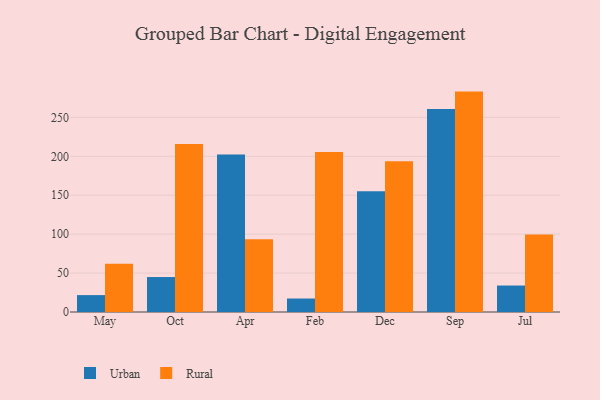
{"axis": {"x": "Month", "y": "LTV (USD)"}, "legend": ["Rural", "Urban"], "data": [{"x": "May", "y": 21.7, "type": "Urban"}, {"x": "May", "y": 61.9, "type": "Rural"}, {"x": "Oct", "y": 44.9, "type": "Urban"}, {"x": "Oct", "y": 215.9, "type": "Rural"}, {"x": "Apr", "y": 202.2, "type": "Urban"}, {"x": "Apr", "y": 93.3, "type": "Rural"}, {"x": "Feb", "y": 17.3, "type": "Urban"}, {"x": "Feb", "y": 205.5, "type": "Rural"}, {"x": "Dec", "y": 155.2, "type": "Urban"}, {"x": "Dec", "y": 193.7, "type": "Rural"}, {"x": "Sep", "y": 260.9, "type": "Urban"}, {"x": "Sep", "y": 283.1, "type": "Rural"}, {"x": "Jul", "y": 34.0, "type": "Urban"}, {"x": "Jul", "y": 99.6, "type": "Rural"}]}